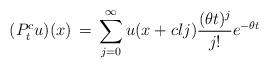
LaTeX: \begin{align*}(P_t^cu)(x) \, = \, \sum_{j=0}^\infty u(x+clj) \frac{(\theta t)^j}{j!}e^{-\theta t}\end{align*}